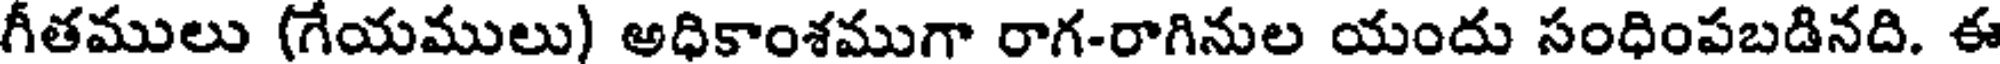
గీతములు (గేయములు) అధికాంశముగా రాగ-రాగినుల యందు సంధింపబడినది. ఈ